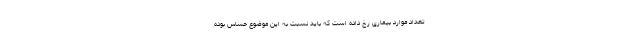
تعداد موارد بیماری رخ داده است که باید نسبت به این موضوع حساس بوده